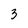
Character: 3